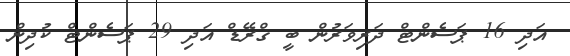
އަދި 16 ޕަސެންޓް ދަރިވަރުން ބީ ގްރޭޑް އަދި 29 ޕަސެންޓް ކުދިން